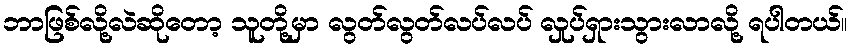
ဘာဖြစ်လို့လဲဆိုတော့ သူတို့မှာ လွတ်လွတ်လပ်လပ် လှုပ်ရှားသွားလာလို့ ရပါတယ်။